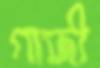
গাজী